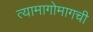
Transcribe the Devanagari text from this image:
त्यामागोमागची